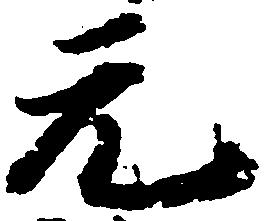
元